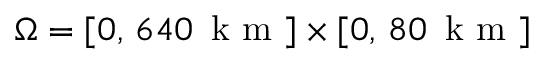
\Omega = [ 0 , \, 6 4 0 \, \mathrm { ~ k ~ m ~ } ] \times [ 0 , \, 8 0 \, \mathrm { ~ k ~ m ~ } ]